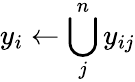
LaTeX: y_{i}\gets\bigcup_{j}^{n}y_{ij}